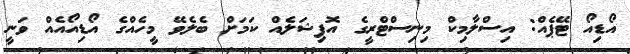
އޯޑިއޯ ޓޭޕެއް: އިސްލާމިކް މިނިސްޓްރީގެ އޮފިޝަލެއް ކަމަށް ބެލެވޭ މީހެއްގެ އޯޑިއޯއެއް ވަނީ